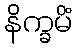
နိက္ခမိံ